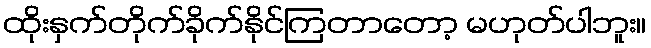
ထိုးနှက်တိုက်ခိုက်နိုင်ကြတာတော့ မဟုတ်ပါဘူး။